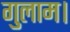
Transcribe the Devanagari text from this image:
गुलाम।